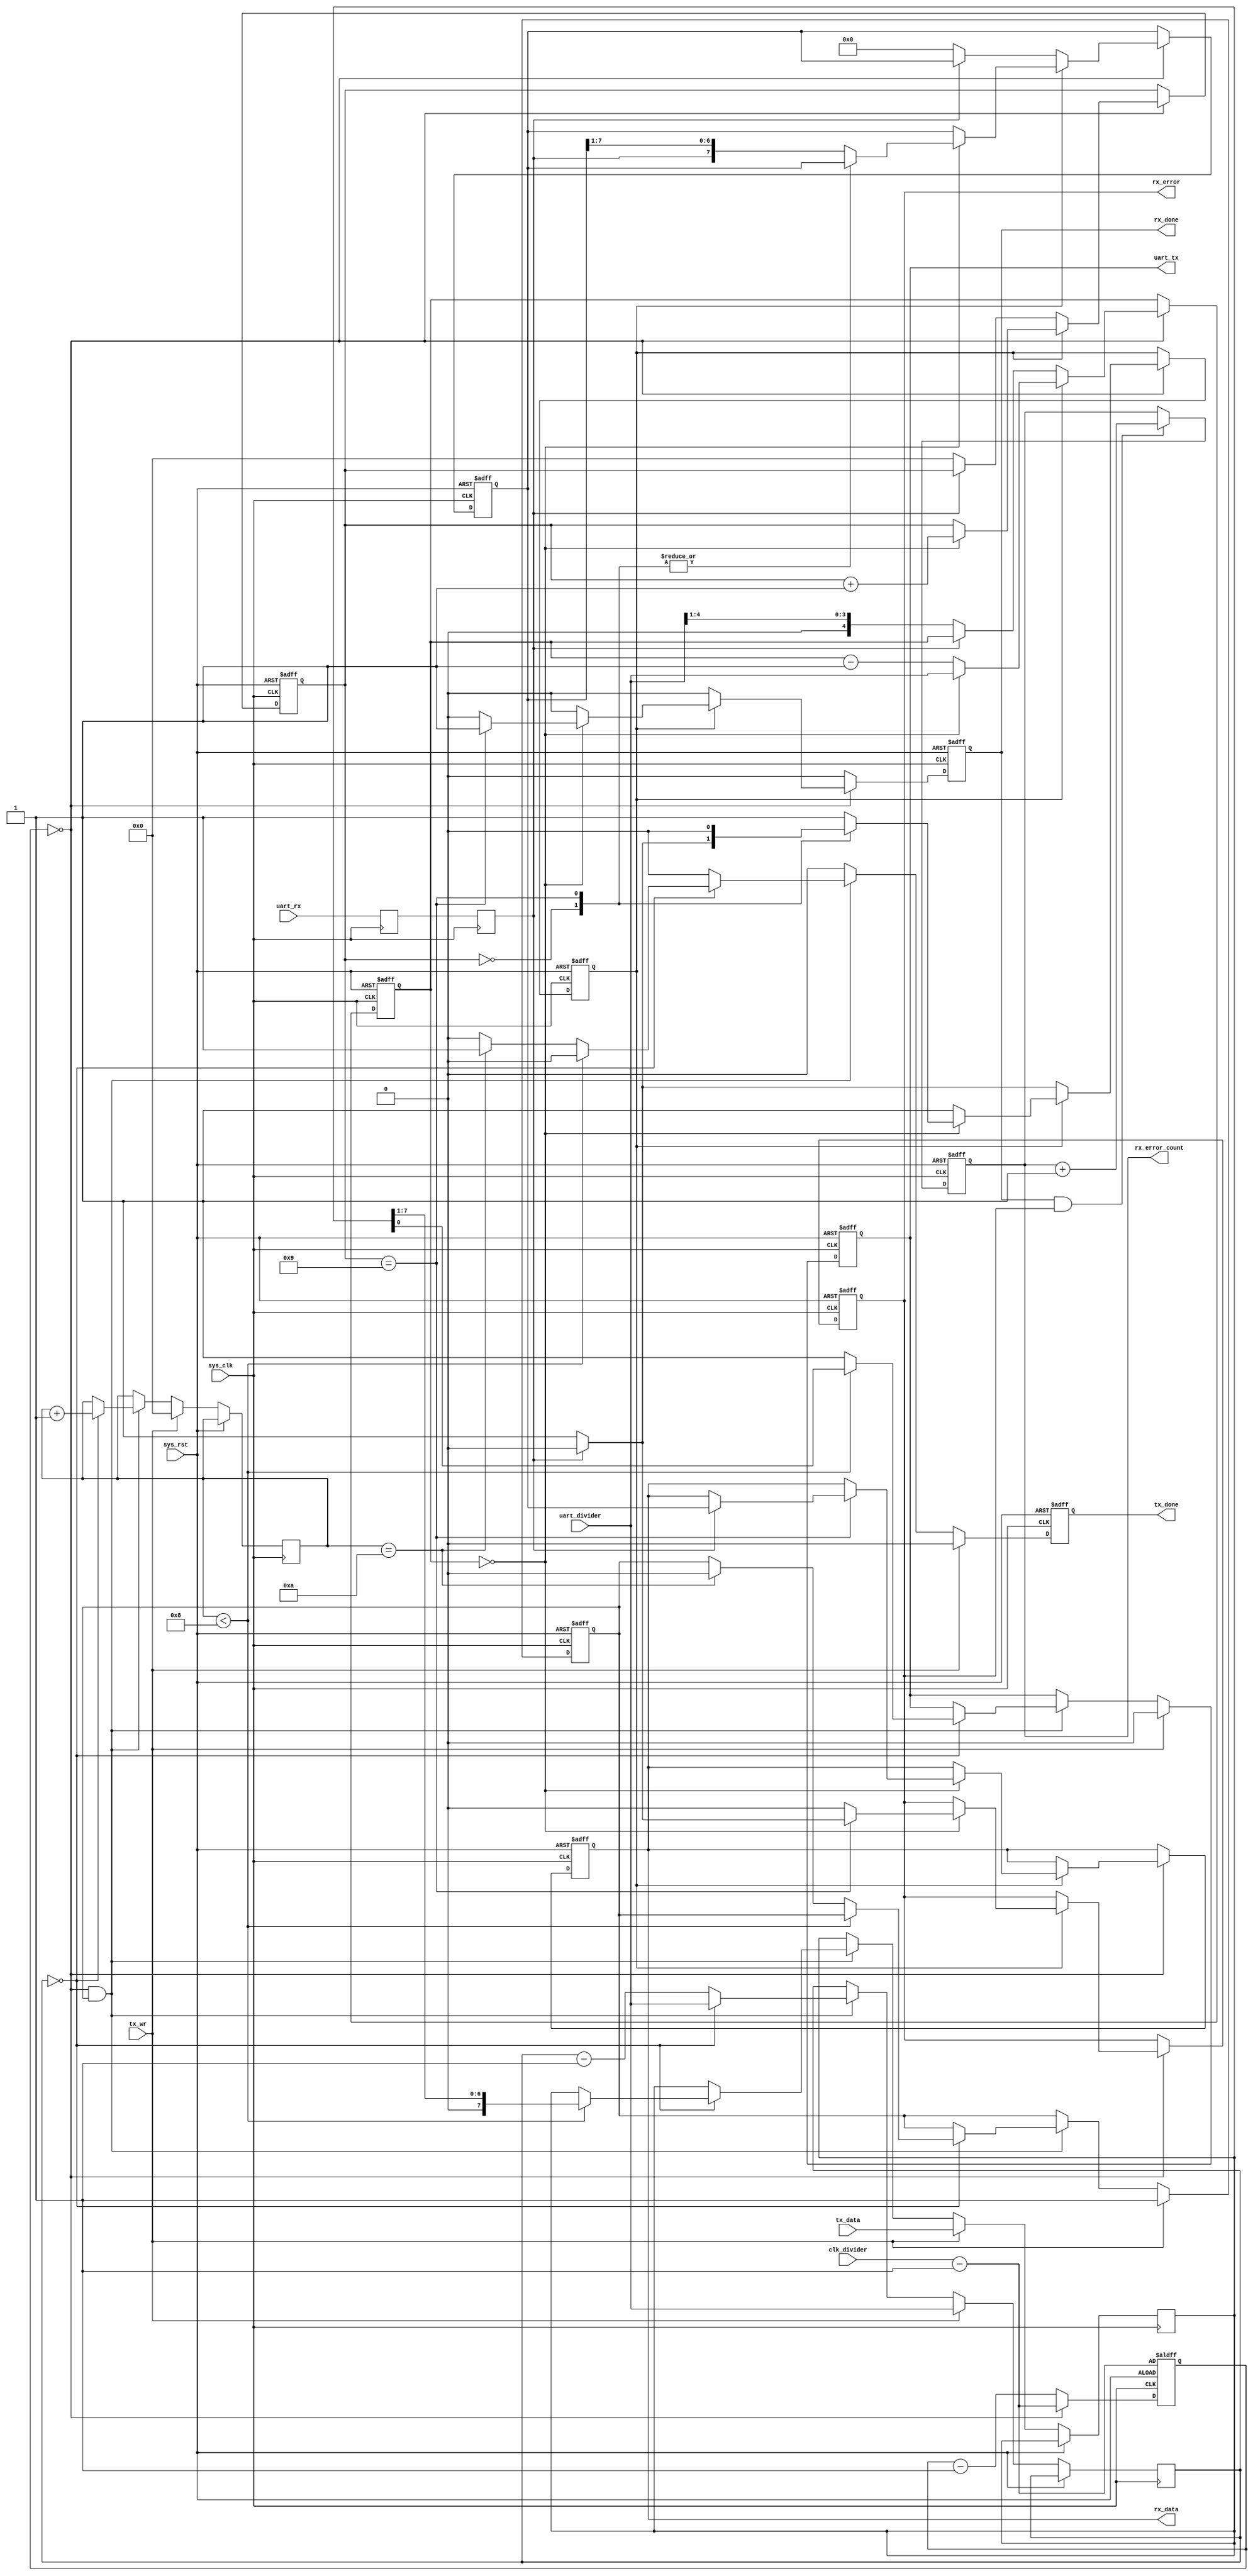
module uart_transceiver(
	input sys_rst,
	input sys_clk,

	input uart_rx,
	output reg uart_tx, // serial signal to transmit. High when idle

	input [4:0] uart_divider, /* number of divisions of the UART bit period */
	input [4:0] clk_divider, /* Division of the system clock
		For a 50MHz system clock use:
			clk_divider = 28, uart_divider = 30 ->  57kbps, 0.01% timing error		
			clk_divider = 14, uart_divider = 30 -> 115kbps, 0.01% timing error
			clk_divider =  7, uart_divider = 30 -> 230kbps, 0.01% timing error
	*/

	output reg [7:0] rx_data,
	output reg rx_done,
	output reg rx_error,
	output reg [7:0] rx_error_count,

	input [7:0] tx_data,
	input tx_wr,
	output reg tx_done
);

//-----------------------------------------------------------------
// slow_clk generator... this is actually a 32-module counter
//-----------------------------------------------------------------
reg [4:0] clk_counter;

wire slow_clk;
assign slow_clk = !clk_counter;

always @(posedge sys_clk or posedge sys_rst) begin : clock_divider
	if(sys_rst)
		clk_counter <= clk_divider - 4'b1;
	else begin
		clk_counter <= clk_counter - 4'd1;
		if(slow_clk)
			clk_counter <= clk_divider - 4'b1;
	end
end

//-----------------------------------------------------------------
// Synchronize uart_rx
//-----------------------------------------------------------------
reg uart_rx1;
reg uart_rx2;

always @(posedge sys_clk) begin : synchronizer
	uart_rx1 <= uart_rx;
	uart_rx2 <= uart_rx1;
end

//-----------------------------------------------------------------
// UART RX Logic
//-----------------------------------------------------------------
reg rx_busy;
reg [4:0] rx_divcount;
reg [3:0] rx_bitcount;
reg [7:0] rx_reg;

always @(posedge sys_clk or posedge sys_rst) begin : error_count
	if( sys_rst ) begin
		rx_error_count <= 8'd0;
	end
	else begin
		if( rx_done && rx_error ) rx_error_count <= rx_error_count + 1'd1;
	end
end

always @(posedge sys_clk or posedge sys_rst) begin : rx_logic
	if(sys_rst) begin
		rx_done <= 1'b0;
		rx_busy <= 1'b0;
		rx_divcount  <= 5'd0;
		rx_bitcount <= 4'd0;
		rx_data		<= 8'd0;
		rx_reg    <= 8'd0;
		rx_error <= 1'b0;
	end else begin
		rx_done <= 1'b0;
		
		if(slow_clk) begin
			if(~rx_busy) begin // look for start bit
				if(~uart_rx2) begin // start bit found
					rx_busy <= 1'b1;
					rx_divcount <= { 1'b0, uart_divider[4:1] }; // middle bit period
					rx_bitcount  <= 4'd0;
					rx_reg       <= 8'h0;
				end
			end else begin
				if( !rx_divcount ) begin // sample
					rx_bitcount  <= rx_bitcount + 4'd1;
					rx_divcount <= uart_divider;	// start to count down from top again
					rx_error     <= 1'b0;
					case( rx_bitcount )
						4'd0: // verify startbit
							if(uart_rx2)
								rx_busy <= 1'b0;
						4'd9: begin // stop bit
							rx_busy <= 1'b0;
							if(uart_rx2) begin // stop bit ok
								rx_data <= rx_reg;
								rx_done <= 1'b1;	
							end else begin // RX error
								rx_done  <= 1'b1;
								rx_error <= 1'b1;
								end
							end
							default: // shift data in
								rx_reg <= {uart_rx2, rx_reg[7:1]};
					endcase
				end
				else rx_divcount <= rx_divcount - 1'b1;
			end
		end
	end
end

//-----------------------------------------------------------------
// UART TX Logic
//-----------------------------------------------------------------
reg tx_busy;
reg [3:0] tx_bitcount;
reg [4:0] tx_divcount;
reg [7:0] tx_reg;

always @(posedge sys_clk or posedge sys_rst) begin :tx_logic
	if(sys_rst) begin
		tx_done <= 1'b0;
		tx_busy <= 1'b0;
		uart_tx <= 1'b1;
	end else begin
		tx_done <= 1'b0;
		if(tx_wr) begin
			tx_reg <= tx_data;
			tx_bitcount <= 4'd0;
			tx_divcount <= uart_divider;
			tx_busy <= 1'b1;
			uart_tx <= 1'b0;
`ifdef SIMULATION
//			$display("UART: send%c", tx_data);
`endif
		end else if(slow_clk && tx_busy) begin

			if( !tx_divcount ) begin
				tx_bitcount <= tx_bitcount + 4'd1;
				tx_divcount <= uart_divider;	// start to count down from top again
				if( tx_bitcount < 4'd8 ) begin
						uart_tx <= tx_reg[0];
						tx_reg <= {1'b0, tx_reg[7:1]};
						end
				else begin
					uart_tx <= 1'b1; // 8 bits sent, now 1 or more stop bits
					if( tx_bitcount==4'd10 ) begin
						tx_busy <= 1'b0;
						tx_done <= 1'b1;
					end
				end
			end
			else tx_divcount  <= tx_divcount - 1'b1;
		end
	end
end

endmodule